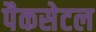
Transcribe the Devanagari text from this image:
पैकसेटल